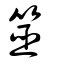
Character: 筮